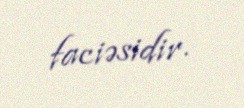
faciəsidir.